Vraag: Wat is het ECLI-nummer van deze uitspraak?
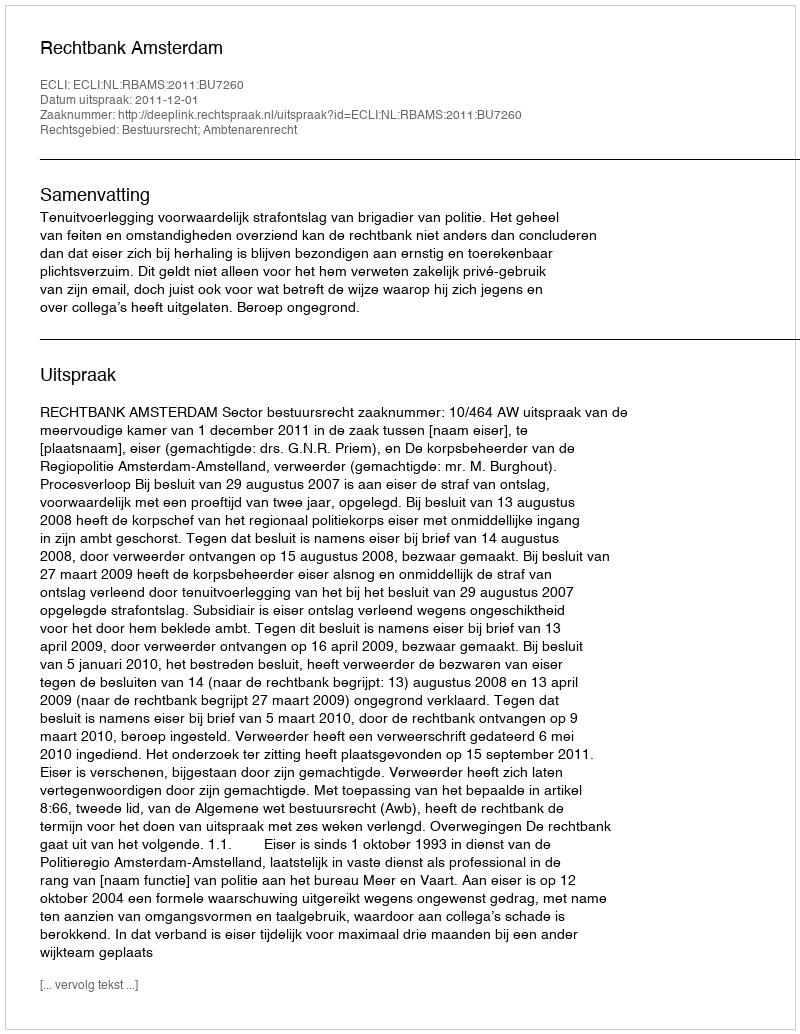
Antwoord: ECLI:NL:RBAMS:2011:BU7260